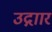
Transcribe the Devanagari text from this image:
उद्गाार